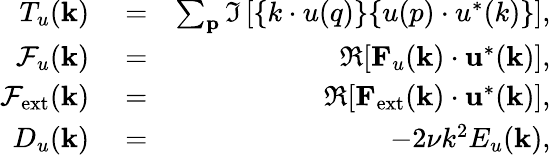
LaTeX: \begin{array}{rlr}{T_{u}({\mathbf k})}&{{}=}&{\sum_{\mathbf p}\Im\left[{\mathbf\{ k\cdot u(q)\} \{ u(p)\cdot u^{*}(k)\} }\right],}\\ {\mathcal{F}_{u}({\mathbf k})}&{{}=}&{\Re[{\mathbf F}_{u}({\mathbf k})\cdot{\mathbf u}^{*}({\mathbf k})],}\\ {\mathcal{F}_{\mathrm{ext}}({\mathbf k})}&{{}=}&{\Re[{\mathbf F}_{\mathrm{ext}}({\mathbf k})\cdot{\mathbf u}^{*}({\mathbf k})],}\\ {D_{u}(\mathbf{k})}&{{}=}&{-2\nu k^{2}E_{u}({\mathbf k}),}\end{array}